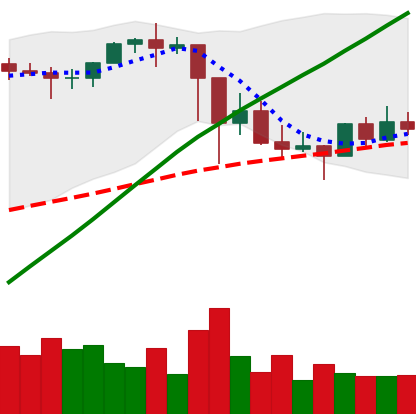
Ticker: ETH-USD
Chart end date: 2021-03-04
Forward return: 21.151%
Label: up_7plus